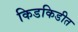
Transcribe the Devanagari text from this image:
किडकिडीत